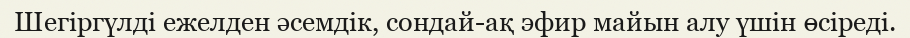
Шегіргүлді ежелден әсемдік, сондай-ақ эфир майын алу үшін өсіреді.